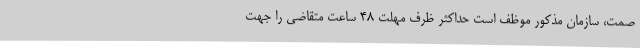
صمت، سازمان مذکور موظف است حداکثر ظرف مهلت 48 ساعت متقاضی را جهت